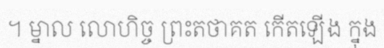
។ ម្នាល លោហិច្ច ព្រះតថាគត កើតឡើង ក្នុង